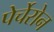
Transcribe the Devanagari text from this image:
पेर्चेरोन